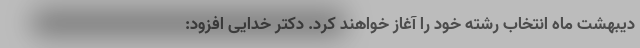
دیبهشت ماه انتخاب رشته خود را آغاز خواهند کرد. دکتر خدایی افزود: